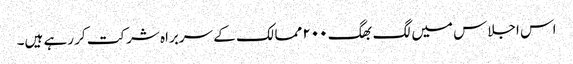
اس اجلاس میں لگ بھگ ۲۰۰ ممالک کے سربراہ شرکت کر رہے ہیں۔